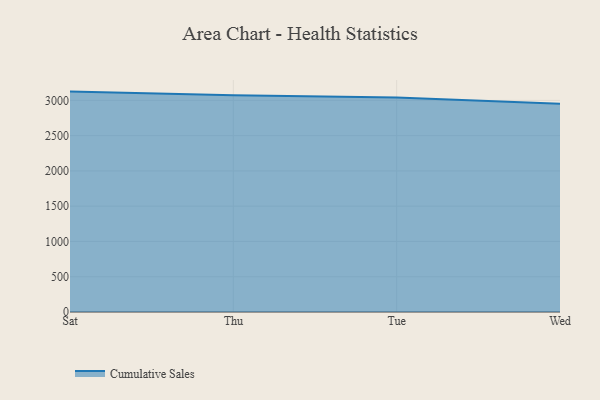
{"axis": {"x": "Day", "y": "Revenue (USD Million)"}, "legend": ["Cumulative Sales"], "data": [{"x": "Sat", "y": 3124.4, "type": "Cumulative Sales"}, {"x": "Thu", "y": 3072.1, "type": "Cumulative Sales"}, {"x": "Tue", "y": 3039.5, "type": "Cumulative Sales"}, {"x": "Wed", "y": 2953.6, "type": "Cumulative Sales"}]}